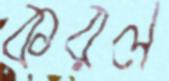
করল